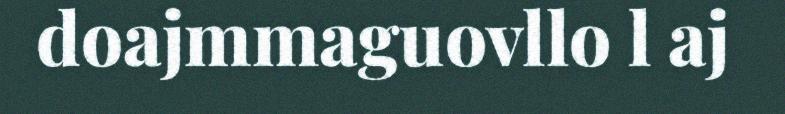
doajmmaguovllo l aj